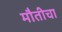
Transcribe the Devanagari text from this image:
मौतीचा